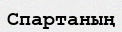
Спартаның